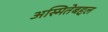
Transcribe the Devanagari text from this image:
अस्मितेबद्दल